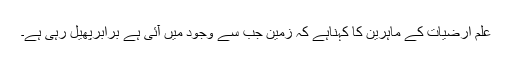
علمِ ارضیات کے ماہرین کا کہناہے کہ زمین جب سے وجود میں آئی ہے برابرپھیل رہی ہے۔